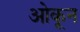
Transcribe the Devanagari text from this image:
ओकून